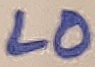
Text: LO